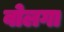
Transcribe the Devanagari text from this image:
वोलगा